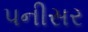
પનીસર